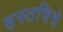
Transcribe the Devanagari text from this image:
हस्तचित्रे